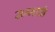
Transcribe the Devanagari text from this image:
सम्मानि